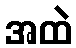
အထဲ